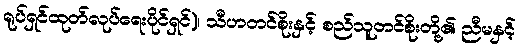
ရုပ်ရှင်ထုတ်လုပ်ရေးပိုင်ရှင်)၊ သီဟတင်စိုးနှင့် စည်သူတင်စိုးတို့၏ ညီမနှင့်